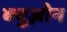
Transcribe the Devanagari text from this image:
क्युज़ोन